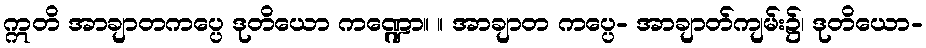
ဣတိ အာချာတကပ္ပေ ဒုတိယော ကဏ္ဍော။ ။ အာချာတ ကပ္ပေ- အာချာတ်ကျမ်း၌၊ ဒုတိယော-